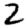
Digit: 2